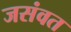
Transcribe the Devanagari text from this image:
जसंवत